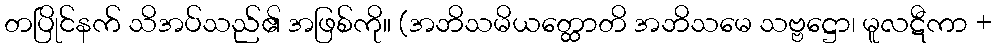
တပြိုင်နက် သိအပ်သည်၏ အဖြစ်ကို။ (အဘိသမိယတ္ထောတိ အဘိသမေ သဗ္ဗဋ္ဌော၊ မူလဋီကာ +